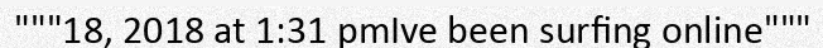
"""18, 2018 at 1:31 pmIve been surfing online"""